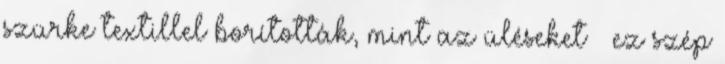
szürke textillel borították, mint az üléseket – ez szép